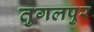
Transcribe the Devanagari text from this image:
तुगलपुर